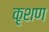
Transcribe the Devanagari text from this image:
कृशण